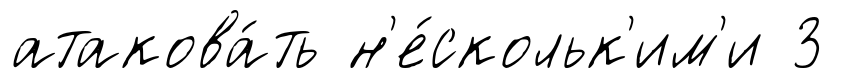
атакова́ть н'е́скольк'им'и 3